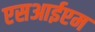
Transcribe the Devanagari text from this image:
एसआईएम